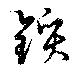
鑕